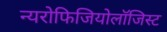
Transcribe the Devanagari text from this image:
न्यरोफिजियोलॉजिस्ट